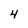
Character: 4